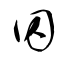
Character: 囚